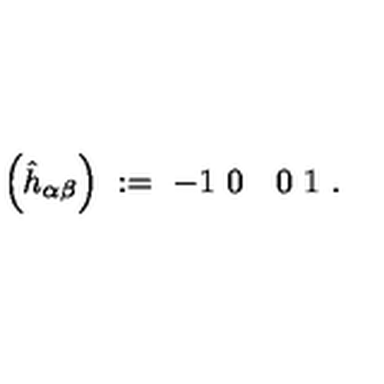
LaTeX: \left( \hat { h } _ { \alpha \beta } \right) \ : = \ { \binom { - 1 \ 0 } { \quad 0 \ 1 } } \ .